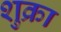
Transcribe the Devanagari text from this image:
शुक्रा